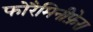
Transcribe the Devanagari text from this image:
फोरैमिनीफ़ेरा